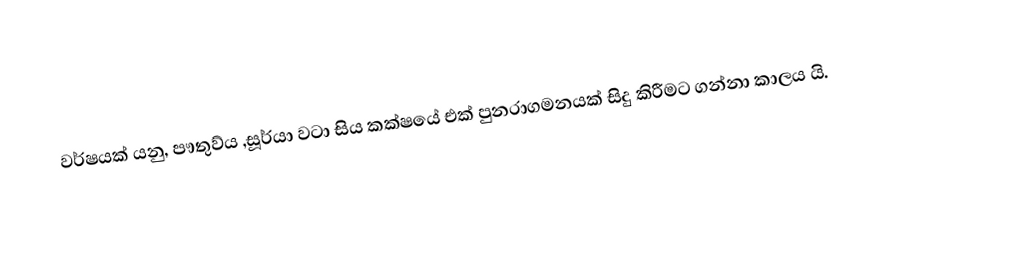
වර්ෂයක් යනු, පෟතුව්ය ,සූර්යා වටා සිය කක්ෂයේ එක් පුනරාගමනයක් සිදු කිරීමට ගන්නා කාලය යි.